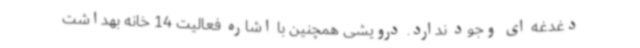
دغدغه ای وجود ندارد. درویشی همچنین با اشاره فعالیت 14 خانه بهداشت